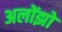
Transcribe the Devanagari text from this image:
अलोंझो